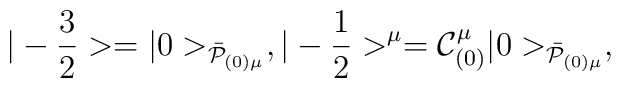
|-{3\over 2}> = |0>_{{\bar{\cal P}}_{(0)\mu}} ,|-{1\over 2}>^\mu = {\cal C}_{(0)}^\mu|0>_{\bar{\cal P}_{(0)\mu}},